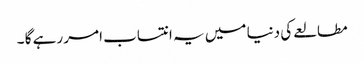
مطالعے کی دنیا میں یہ انتساب امر رہے گا ۔